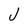
Character: J